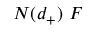
N ( d _ { + } ) ~ F